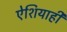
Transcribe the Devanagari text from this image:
ऐशियाही